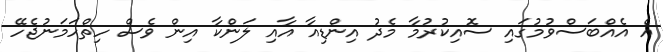
އެ އެއްބަސްވުމުގައި ސޮއިކުރުމާ މެދު އިންޑިއާ އާއި ލަންކާ އިން ވެސް ހިތްހަމަނުޖެހޭ